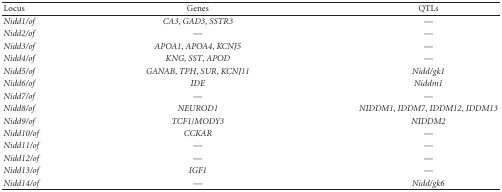
| Locus | Genes | QTLs |
 | --- | --- | --- |
 | Nidd1/of | CA3, GAD3, SSTR3 | — |
 | Nidd2/of | — | — |
 | Nidd3/of | APOA1, APOA4, KCNJ5 | — |
 | Nidd4/of | KNG, SST, APOD | — |
 | Nidd5/of | GANAB, TPH, SUR, KCNJ11 | Nidd/gk1 |
 | Nidd6/of | IDE | Niddm1 |
 | Nidd7/of | — | — |
 | Nidd8/of | NEUROD1 | NIDDM1, IDDM7, IDDM12, IDDM13 |
 | Nidd9/of | TCF1/MODY3 | NIDDM2 |
 | Nidd10/of | CCKAR | — |
 | Nidd11/of | — | — |
 | Nidd12/of | — | — |
 | Nidd13/of | IGF1 | — |
 | Nidd14/of | — | Nidd/gk6 |